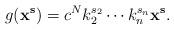
LaTeX: \begin{align*}g({\bf x}^{\bf s}) = c^N k_2^{s_2} \cdots k_n^{s_n} {\bf x}^{\bf s}.\end{align*}